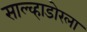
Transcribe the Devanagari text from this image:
साल्व्हाडोरला